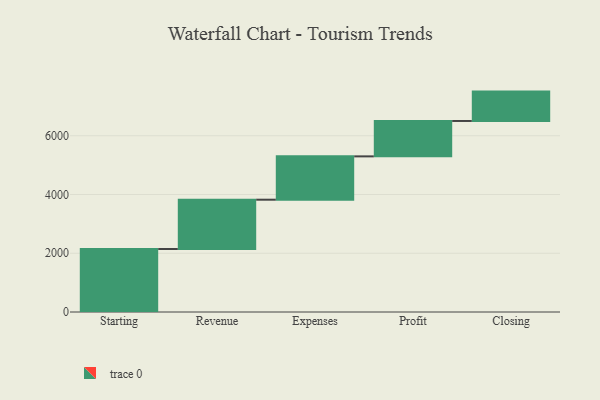
{"axis": {"x": "Step", "y": "Value"}, "legend": [""], "data": [{"x": "Starting", "y": 2144.0, "type": ""}, {"x": "Revenue", "y": 1679.0, "type": ""}, {"x": "Expenses", "y": 1475.0, "type": ""}, {"x": "Profit", "y": 1205.0, "type": ""}, {"x": "Closing", "y": 1000, "type": ""}]}